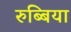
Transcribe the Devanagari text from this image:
रुब्बिया